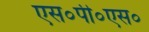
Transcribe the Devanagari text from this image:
एस०पी०एस०